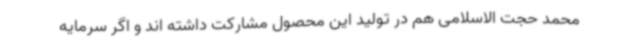
محمد حجت الاسلامی هم در تولید این محصول مشارکت داشته اند و اگر سرمایه